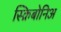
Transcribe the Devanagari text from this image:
स्क्रिबोनिअ